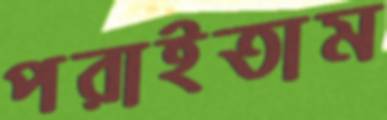
পরাইতাম